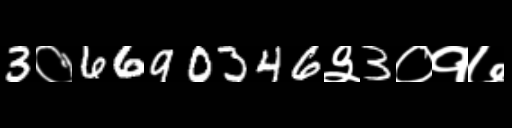
Text: 3०6690346३3०१७